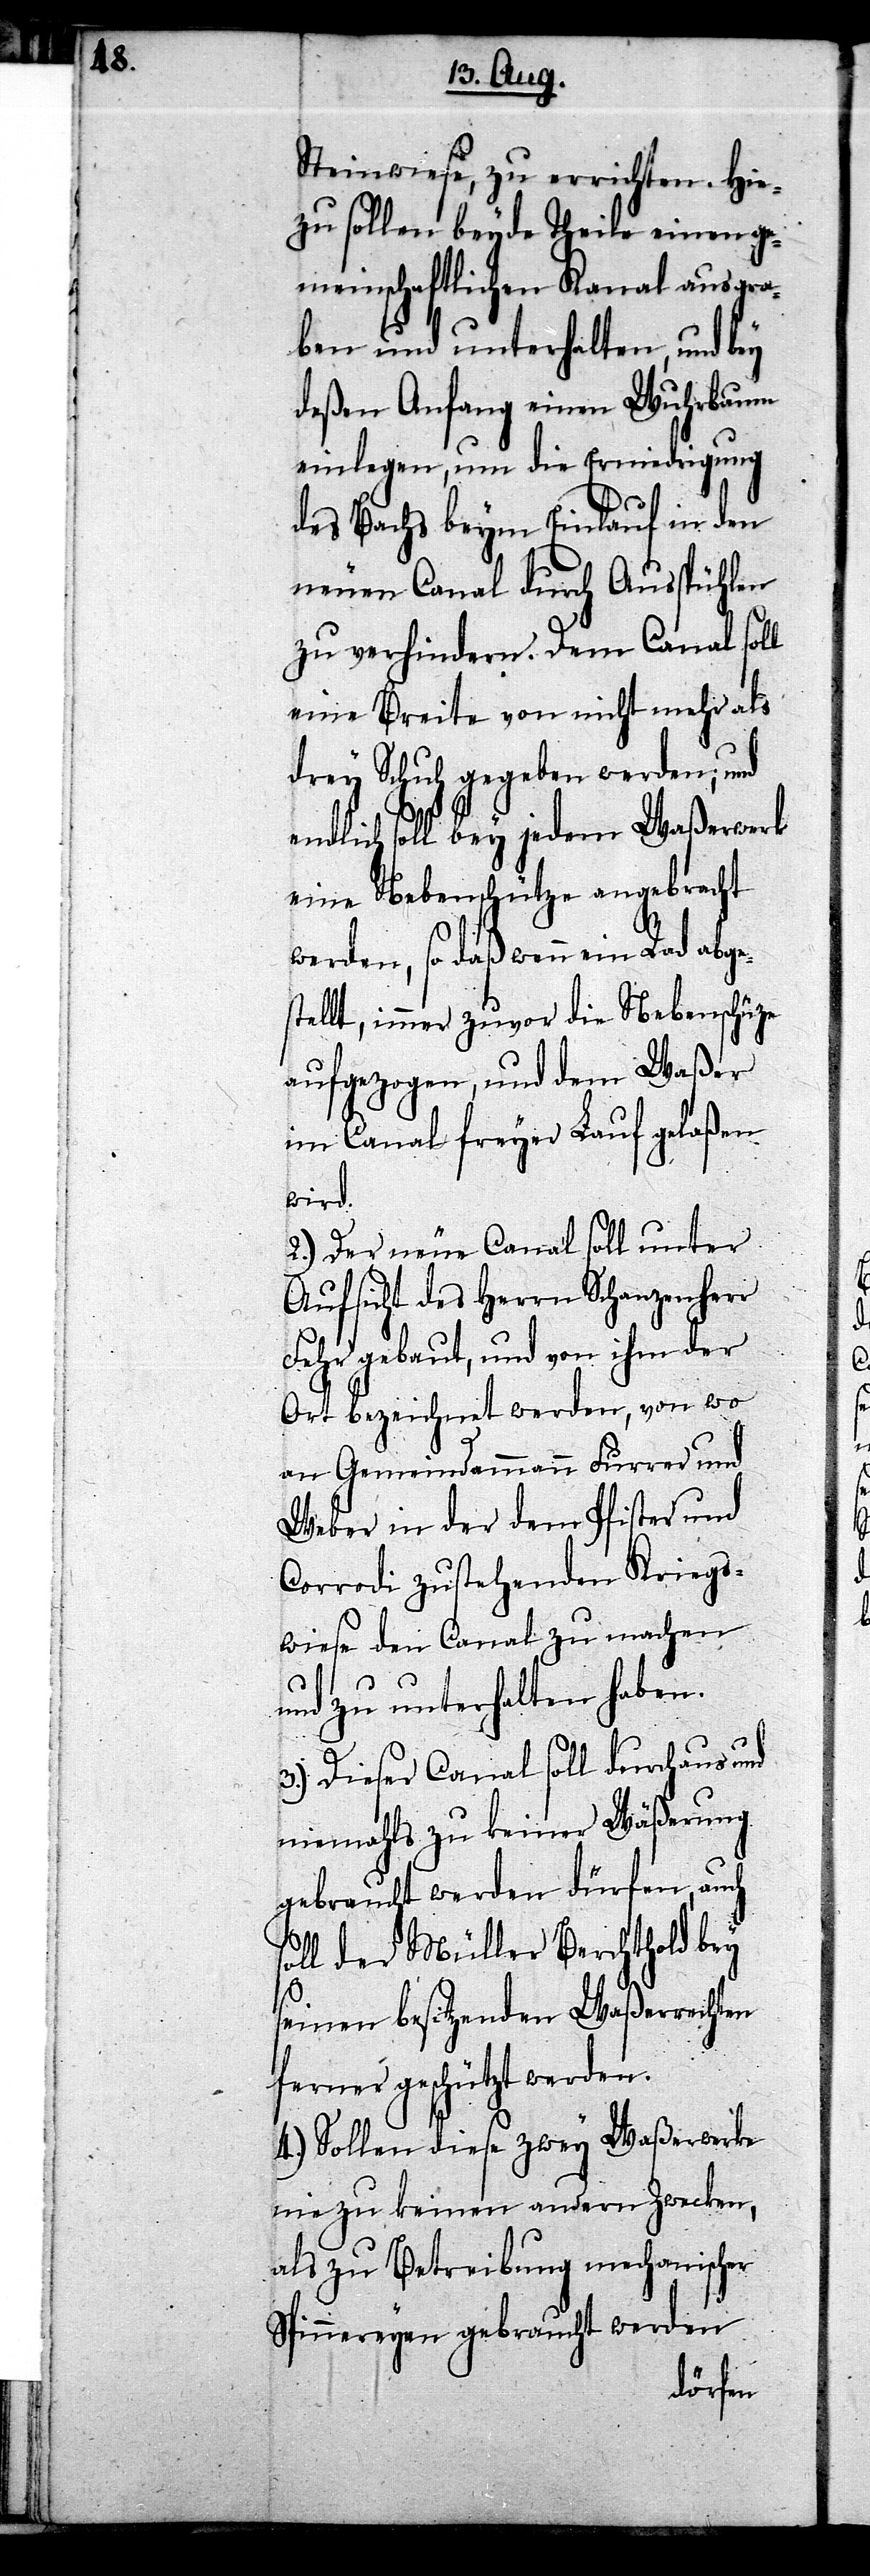
Steinwiese, zu errichten. Hie¬
zu sollen beyde Theile einen ge¬
meinschaftlichen Kanal ausgra¬
ben und unterhalten, und bey
deßen Anfang einen Wuhrbaum
einlegen, um die Erniedrigung
des Bachs beym Einlauf in den
neuen Canal durch Ausspühlen
zu verhindern. Dem Canal soll
eine Breite von nicht mehr als
drey Schuh gegeben werden; und
endlich soll bey jedem Waßerwerk
eine Nebenschütze angebracht
werden, so daß wenn ein Ra¬
stellt, immer zuvor die Nebenschüze
aufgezogen, und dem Waßer
im Canal freyer Lauf gelaßen
wird.
2.) Der neue Canal soll unter
Aufsicht des Herrn Schanzenherr
Fehr gebaut, und von ihm der
Ort bezeichnet werden, von wo
an Gemeindammann Furrer und
Weber in der dem Pfister und
Corrodi zustehenden Krieg¬
wiese den Canal zu machen
und zu unterhalten haben.
3.) Dieser Canal soll durchaus und
niemahls zu keiner Wäßerung
gebraucht werden dürfen, auch
soll der Müller Berchthold bey
seinen besitzenden Waßerrechten
ferner geschützt werden.
4.) Sollen diese zwey Waßerwerke
nie zu keinen andern Zwecken,
als zu Betreibung mechanischer
Spinnereyen gebraucht werden
d abge¬